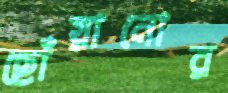
ছোঁয়ানোর